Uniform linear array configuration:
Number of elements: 12
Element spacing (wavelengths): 1
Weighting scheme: cosine
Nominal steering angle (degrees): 30
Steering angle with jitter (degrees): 30.686
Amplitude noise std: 0.05
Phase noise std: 0.05

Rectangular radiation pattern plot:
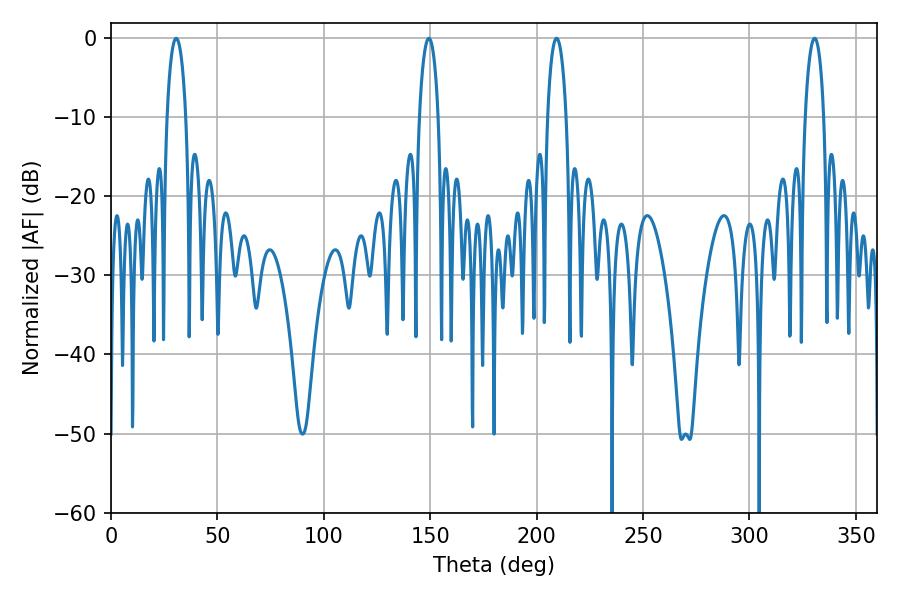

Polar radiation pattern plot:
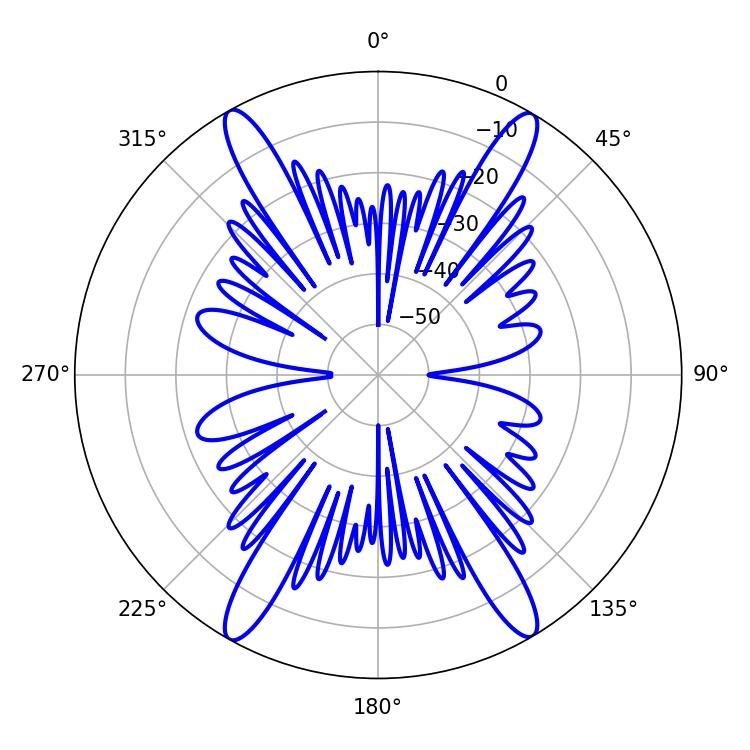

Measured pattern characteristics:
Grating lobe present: TRUE
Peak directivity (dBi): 26.605
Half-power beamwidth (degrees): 4.86
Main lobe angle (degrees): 209.34